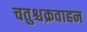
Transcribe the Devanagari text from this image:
चतुश्चक्रवाहन